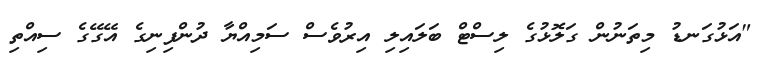
"އަޅުގަނޑު މިތަނުން ގަލޮޅުގެ ލިސްޓް ބަލައިލި އިރުވެސް ސަމިއްޔާ ދުންފިނިގެ އޭގޭގެ ސިއްތި